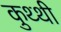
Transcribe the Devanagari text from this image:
कुथ्थी